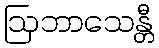
ဩဘာသေန္တီ